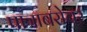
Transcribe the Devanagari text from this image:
पात्राबरोबर